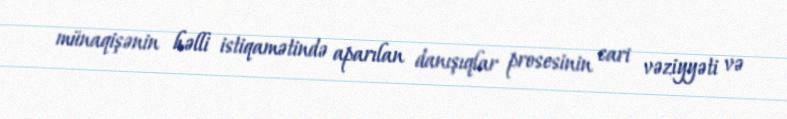
münaqişənin həlli istiqamətində aparılan danışıqlar prosesinin cari vəziyyəti və